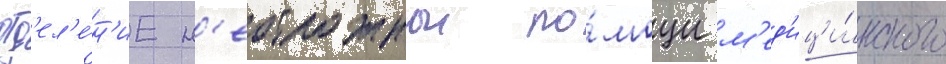
отд'ел'е́н'ие н'еотложнои по́мощи м'ед'ици́нского